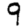
Digit: 9